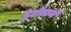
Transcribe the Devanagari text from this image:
हेटौडामे